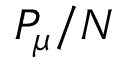
P _ { \mu } / N